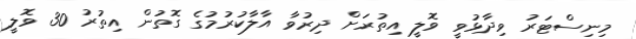
މިނިސްޓަރު ވިދާޅުވީ ވޮލީ އިތުރަށް ދިރުވާ އާލާކުރުމުގެ ގޮތުން އިތުރު 30 ވޮލީ